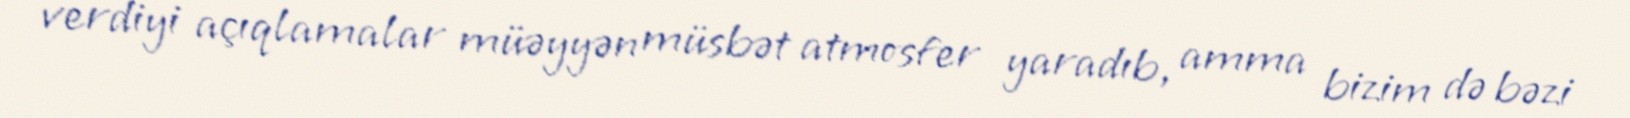
verdiyi açıqlamalar müəyyən müsbət atmosfer yaradıb, amma bizim də bəzi